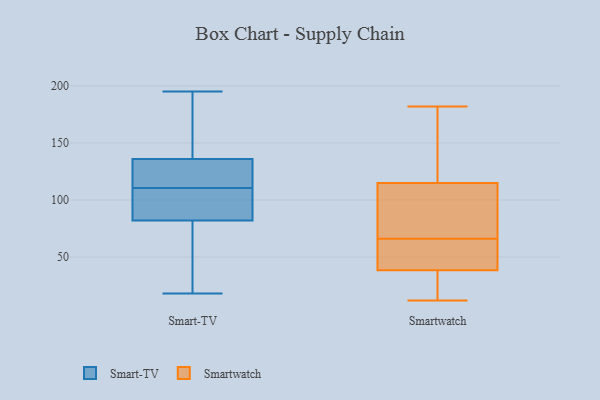
{"axis": {"x": "Operating Costs (USD K)", "y": "Value"}, "legend": ["Smart-TV", "Smartwatch"], "data": [{"x": "", "y": 101, "type": "Smart-TV"}, {"x": "", "y": 184, "type": "Smart-TV"}, {"x": "", "y": 132, "type": "Smart-TV"}, {"x": "", "y": 164, "type": "Smart-TV"}, {"x": "", "y": 143, "type": "Smart-TV"}, {"x": "", "y": 82, "type": "Smart-TV"}, {"x": "", "y": 102, "type": "Smart-TV"}, {"x": "", "y": 119, "type": "Smart-TV"}, {"x": "", "y": 39, "type": "Smart-TV"}, {"x": "", "y": 76, "type": "Smart-TV"}, {"x": "", "y": 119, "type": "Smart-TV"}, {"x": "", "y": 96, "type": "Smart-TV"}, {"x": "", "y": 123, "type": "Smart-TV"}, {"x": "", "y": 136, "type": "Smart-TV"}, {"x": "", "y": 62, "type": "Smart-TV"}, {"x": "", "y": 98, "type": "Smart-TV"}, {"x": "", "y": 195, "type": "Smart-TV"}, {"x": "", "y": 18, "type": "Smart-TV"}, {"x": "", "y": 182, "type": "Smartwatch"}, {"x": "", "y": 170, "type": "Smartwatch"}, {"x": "", "y": 44, "type": "Smartwatch"}, {"x": "", "y": 81, "type": "Smartwatch"}, {"x": "", "y": 51, "type": "Smartwatch"}, {"x": "", "y": 16, "type": "Smartwatch"}, {"x": "", "y": 33, "type": "Smartwatch"}, {"x": "", "y": 101, "type": "Smartwatch"}, {"x": "", "y": 12, "type": "Smartwatch"}, {"x": "", "y": 107, "type": "Smartwatch"}, {"x": "", "y": 50, "type": "Smartwatch"}, {"x": "", "y": 123, "type": "Smartwatch"}]}